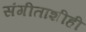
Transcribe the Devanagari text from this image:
संगीताशीही